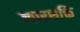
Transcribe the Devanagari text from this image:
ज्वारशक्ति